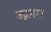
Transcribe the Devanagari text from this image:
उद्गगार